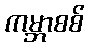
ကမ္ဘာစစ်